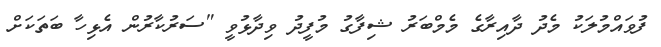
ފުވައްމުލަކު މެދު ދާއިރާގެ މެމްބަރު ޝިފާގު މުފީދު ވިދާޅުވީ "ސަރުކާރުން އެޅިހާ ބަތަކަށް